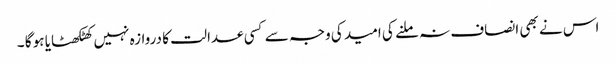
اس نے بھی انصاف نہ ملنے کی امید کی وجہ سے کسی عدالت کا دروازہ نہیں کھٹکھٹایا ہو گا ۔